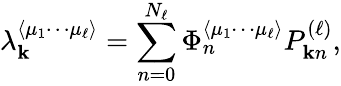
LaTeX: \lambda_{\mathbf{k}}^{\langle\mu_{1}\cdots\mu_{\ell}\rangle}=\sum_{n=0}^{N_{\ell}}\Phi_{n}^{\langle\mu_{1}\cdots\mu_{\ell}\rangle}P_{\mathbf{k}n}^{(\ell)},